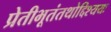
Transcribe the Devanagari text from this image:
प्रेतीभूतंतथोद्दिश्ययः